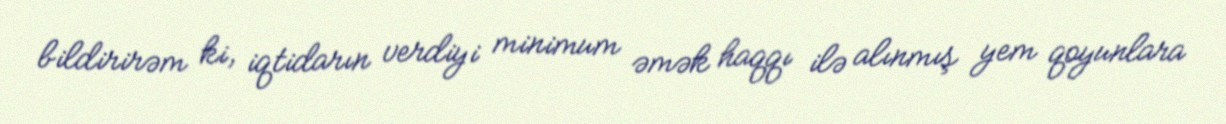
bildirirəm ki, iqtidarın verdiyi minimum əmək haqqı ilə alınmış yem qoyunlara